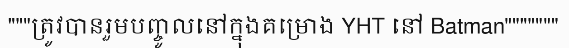
"""ត្រូវបានរួមបញ្ចូលនៅក្នុងគម្រោង YHT នៅ Batman"""""""